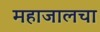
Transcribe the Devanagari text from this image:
महाजालचा